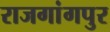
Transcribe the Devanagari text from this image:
राजगांगपुर